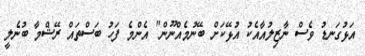
އަޅުގަނޑު ވެސް ނާޒިލުއާއެކު އުޅޭކަށް ބޭނުމެއްނޫން" އެންމެ ފަހު ބަސްތައް ރޭޝްމާ ބުނެލީ